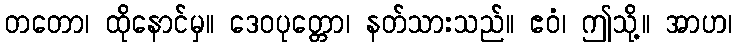
တတော၊ ထိုနောင်မှ။ ဒေဝပုတ္တော၊ နတ်သားသည်။ ဧဝံ၊ ဤသို့။ အာဟ၊